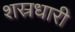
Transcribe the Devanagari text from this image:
शस्रधारी